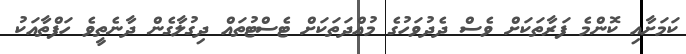
ކަމަށާއި ކޮންމެ ފަރާތަކަށް ވެސް ދެދުވަހުގެ މުއްދަތަކަށް ޓެސްޓުތައް ދިގުލާގެން ދާނެތީވެ ހަފްތާއަކު